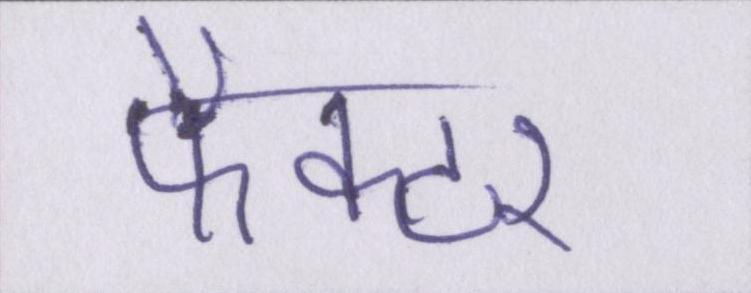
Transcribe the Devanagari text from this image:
फैक्टर